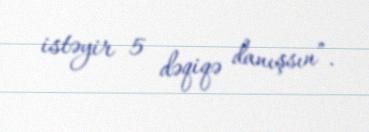
istəyir 5 dəqiqə danışsın”.